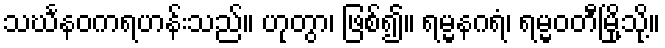
သင်္ဃနဝကရဟန်းသည်။ ဟုတွာ၊ ဖြစ်၍။ ရမ္မနဂရံ၊ ရမ္မဝတီမြို့သို့။